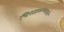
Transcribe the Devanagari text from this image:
चिरतारुण्ययाने